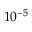
1 0 ^ { - 5 }